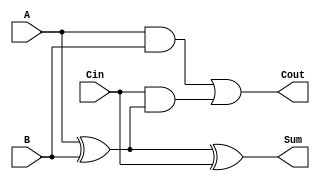
module FullAdder (
    input wire A,      // Bit from the first binary number
    input wire B,      // Bit from the second binary number
    input wire Cin,    // Carry input from the previous full adder
    output wire Sum,   // Sum output
    output wire Cout   // Carry output to the next full adder
);
    assign Sum = A ^ B ^ Cin;          // Sum calculation
    assign Cout = (A & B) | (Cin & (A ^ B)); // Carry out calculation
endmodule